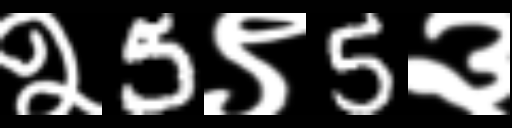
Text: २5९5३